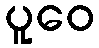
ပူဝေ